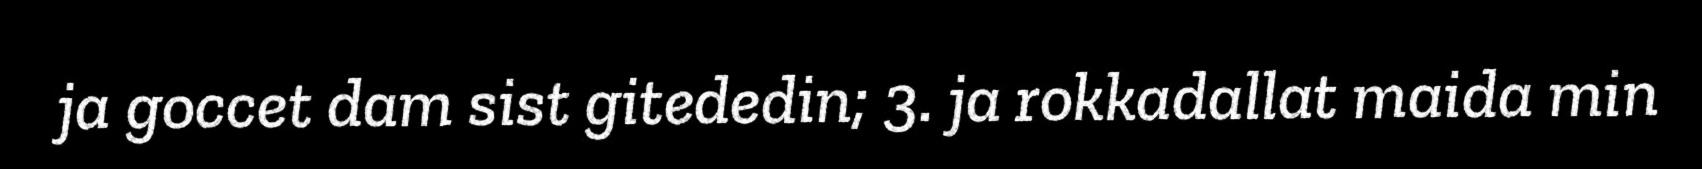
ja goccet dam sist gitededin; 3. ja rokkadallat maida min